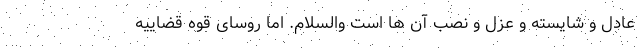
عادل و شایسته و عزل و نصب آن ها است والسلام. اما روسای قوه قضاییه